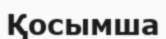
Қосымша